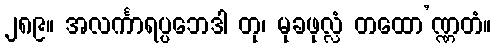
၂၈၉။ အလင်္ကာရပ္ပဘေဒါ တု၊ မုခဖုလ္လံ တထော’ဏ္ဏတံ။